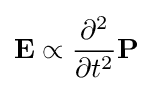
{\mathbf {E} }\propto {\frac {\partial ^{2}}{\partial t^{2}}}{\mathbf {P} }